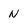
Character: N